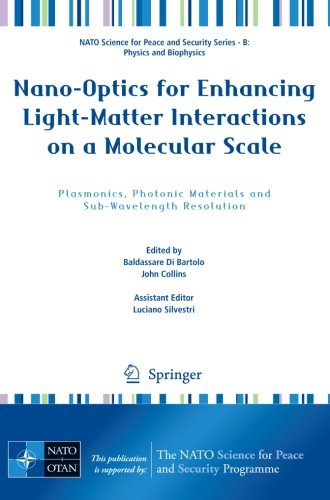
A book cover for Nano-Optics for Enhancing Light-Matter Interactions on a Molecular Scale: Plasmonics, Photonic Materials and Sub-Wavelength Resolution (NATO Science ... Security Series B: Physics and Biophysics); Science & Math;